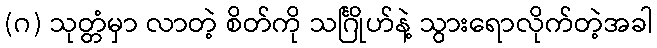
(ဂ) သုတ္တံမှာ လာတဲ့ စိတ်ကို သင်္ဂြိုဟ်နဲ့ သွားရောလိုက်တဲ့အခါ